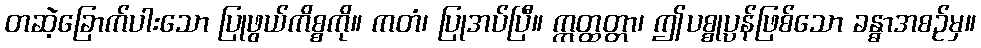
တဆဲ့ခြောက်ပါးသော ပြုဖွယ်ကိစ္စကို။ ကတံ၊ ပြုအပ်ပြီ။ ဣတ္ထတ္တာ၊ ဤပစ္စုပ္ပန်ဖြစ်သော ခန္ဓာအစဉ်မှ။